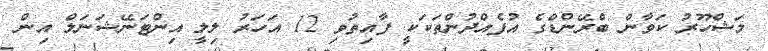
މަޝްހޫރު ކަވާން ބްރޭންޑްގެ އުފެއްދުންތަކަކީ ފާއިތުވި 12 އަހަރު ލިލީ އިންޓަނޭޝަނަލް އިން